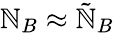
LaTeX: \mathbb{N}_{B}\approx\tilde{{\mathbb{N}}}_{B}